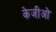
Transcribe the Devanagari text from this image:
केजीओ